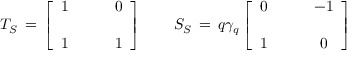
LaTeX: { \cal T } _ { S } \, = \, \left[ \begin{array} { c c } { { 1 } } & { { \qquad 0 } } \\ { { } } & { { } } \\ { { 1 } } & { { \qquad 1 } } \end{array} \right] \qquad { \cal S } _ { S } \, = \, q \gamma _ { q } \left[ \begin{array} { c c } { { 0 } } & { { \qquad - 1 } } \\ { { } } & { { } } \\ { { 1 } } & { { \qquad 0 } } \end{array} \right]